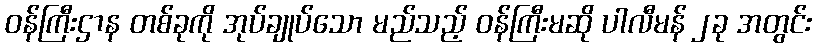
ဝန်ကြီးဌာန တစ်ခုကို အုပ်ချုပ်သော မည်သည့် ဝန်ကြီးမဆို ပါလီမန် ၂ခု အတွင်း